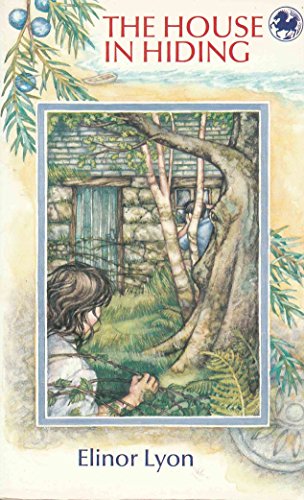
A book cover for The House in Hiding (Kelpies); Elinor Lyon; Teen & Young Adult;